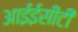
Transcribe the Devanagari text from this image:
आईईसीटी